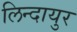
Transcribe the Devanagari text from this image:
लिन्दायुर